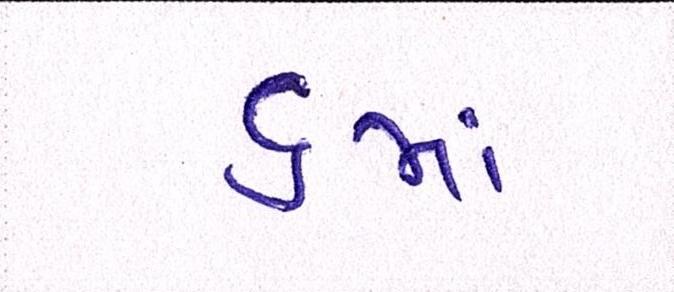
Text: ૬માં